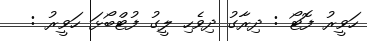
ހަވީރު ފޮޓޯ : ދިރާގު ދިވެހި ލީގު ފުޓްބޯޅަ ހަވީރު :